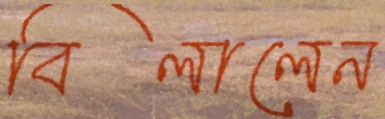
বিলালেন